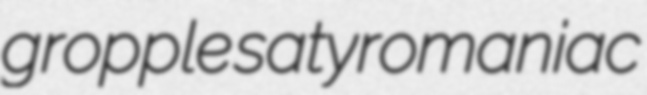
gropple satyromaniac